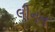
લીનન